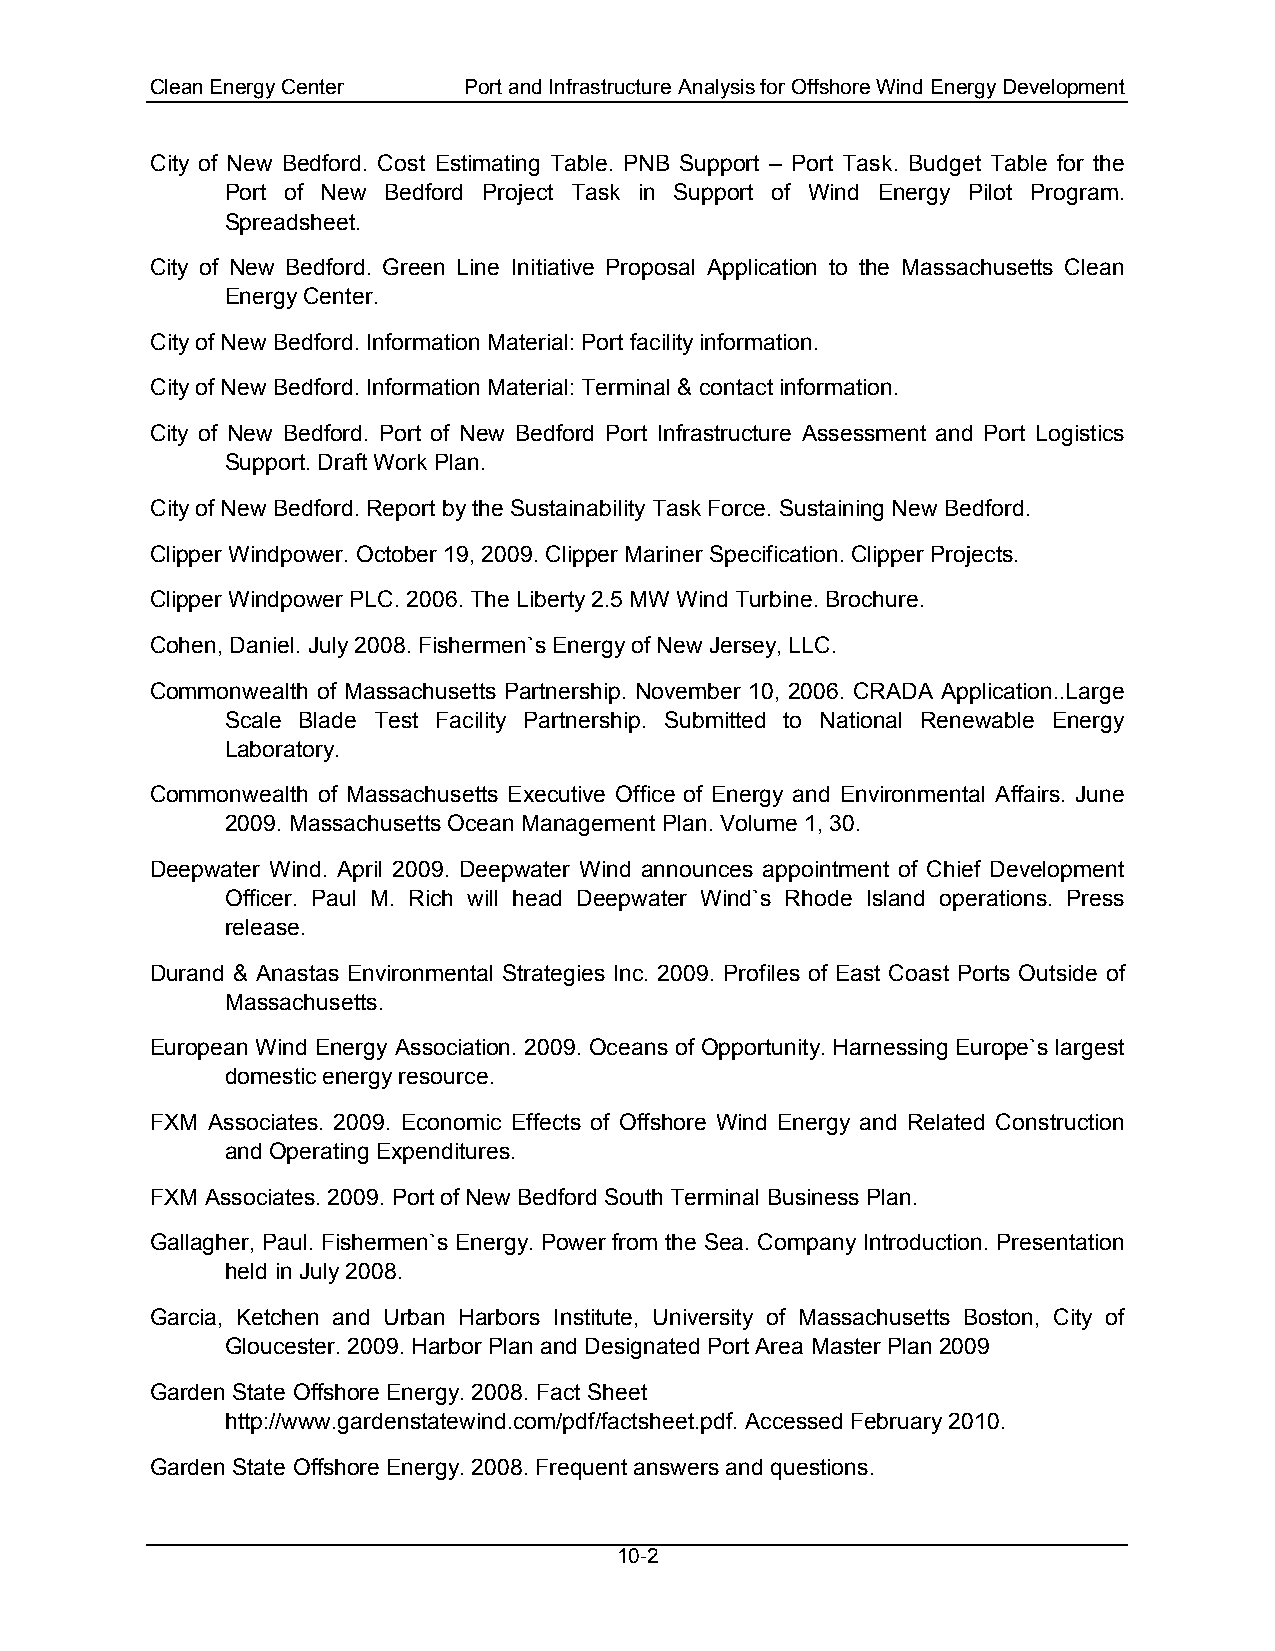
Clean Energy Center  Port and Infrastructure Analysis for Offshore Wind Energy Development
 City of New Bedford. Cost Estimating Table. PNB Support – Port Task. Budget Table for the
 Port of New Bedford Project Task in Support of Wind Energy Pilot Program.
 Spreadsheet.
 City of New Bedford. Green Line Initiative Proposal Application to the Massachusetts Clean
 Energy Center.
 City of New Bedford. Information Material: Port facility information.
 City of New Bedford. Information Material: Terminal & contact information.
 City of New Bedford. Port of New Bedford Port Infrastructure Assessment and Port Logistics
 Support. Draft Work Plan.
 City of New Bedford. Report by the Sustainability Task Force. Sustaining New Bedford.
 Clipper Windpower. October 19, 2009. Clipper Mariner Specification. Clipper Projects.
 Clipper Windpower PLC. 2006. The Liberty 2.5 MW Wind Turbine. Brochure.
 Cohen, Daniel. July 2008. Fishermen`s Energy of New Jersey, LLC.
 Commonwealth of Massachusetts Partnership. November 10, 2006. CRADA Application..Large
 Scale Blade Test Facility Partnership. Submitted to National Renewable Energy
 Laboratory.
 Commonwealth of Massachusetts Executive Office of Energy and Environmental Affairs. June
 2009. Massachusetts Ocean Management Plan. Volume 1, 30.
 Deepwater Wind. April 2009. Deepwater Wind announces appointment of Chief Development
 Officer. Paul M. Rich will head Deepwater Wind`s Rhode Island operations. Press
 release.
 Durand & Anastas Environmental Strategies Inc. 2009. Profiles of East Coast Ports Outside of
 Massachusetts.
 European Wind Energy Association. 2009. Oceans of Opportunity. Harnessing Europe`s largest
 domestic energy resource.
 FXM Associates. 2009. Economic Effects of Offshore Wind Energy and Related Construction
 and Operating Expenditures.
 FXM Associates. 2009. Port of New Bedford South Terminal Business Plan.
 Gallagher, Paul. Fishermen`s Energy. Power from the Sea. Company Introduction. Presentation
 held in July 2008.
 Garcia, Ketchen and Urban Harbors Institute, University of Massachusetts Boston, City of
 Gloucester. 2009. Harbor Plan and Designated Port Area Master Plan 2009
 Garden State Offshore Energy. 2008. Fact Sheet
 http://www.gardenstatewind.com/pdf/factsheet.pdf. Accessed February 2010.
 Garden State Offshore Energy. 2008. Frequent answers and questions.
 10-2